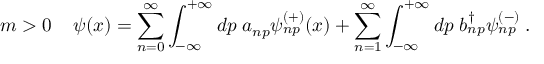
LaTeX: m > 0 \; \; \; \; \psi ( x ) = \sum _ { n = 0 } ^ { \infty } \int _ { - \infty } ^ { + \infty } d p \; a _ { n p } \psi _ { n p } ^ { ( + ) } ( x ) + \sum _ { n = 1 } ^ { \infty } \int _ { - \infty } ^ { + \infty } d p \; b _ { n p } ^ { \dag } \psi _ { n p } ^ { ( - ) } \; .